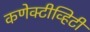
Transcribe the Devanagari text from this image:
कणेक्टीव्हिटी